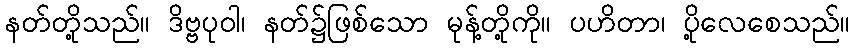
နတ်တို့သည်။ ဒိဗ္ဗပုဝါ၊ နတ်၌ဖြစ်သော မုန့်တို့ကို။ ပဟိတာ၊ ပို့လေစေသည်။